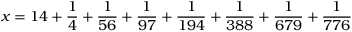
x = 1 4 + { \frac { 1 } { 4 } } + { \frac { 1 } { 5 6 } } + { \frac { 1 } { 9 7 } } + { \frac { 1 } { 1 9 4 } } + { \frac { 1 } { 3 8 8 } } + { \frac { 1 } { 6 7 9 } } + { \frac { 1 } { 7 7 6 } }